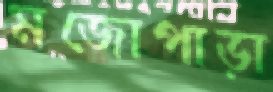
মজোপাড়া